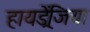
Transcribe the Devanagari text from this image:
हायड्रेंजिया